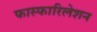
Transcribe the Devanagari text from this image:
फास्फारिलेशन